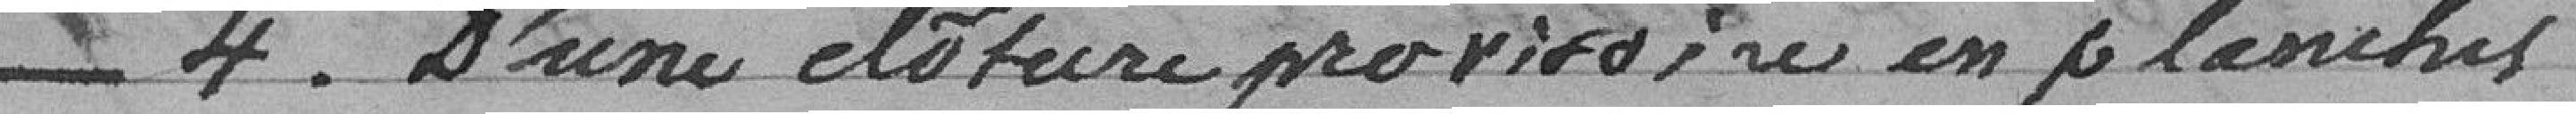
N° 4 d'une clôture provisoire en planches